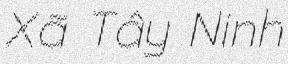
Xã Tây Ninh